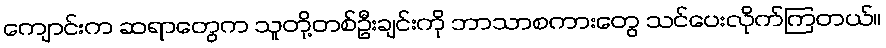
ကျောင်းက ဆရာတွေက သူတို့တစ်ဦးချင်းကို ဘာသာစကားတွေ သင်ပေးလိုက်ကြတယ်။